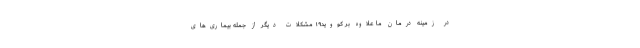
در زمینه درمان ما علاوه بر کووید۱۹ مشکلات دیگر از جمله بیماری‌های